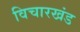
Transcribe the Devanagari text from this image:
विचारखंड